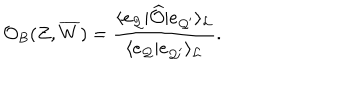
{ \cal O } _ { B } ( Z , \overline { { { W } } } ) = { \frac { \langle e _ { { \cal Q } } | \widehat { \cal O } | e _ { { \cal Q } ^ { \prime } } \rangle _ { \cal L } } { \langle e _ { { \cal Q } } | e _ { { \cal Q } ^ { \prime } } \rangle _ { \cal L } } } .